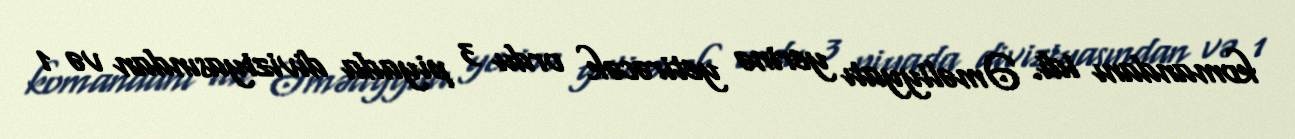
komandanı idi. Əməliyyatı yerinə yetirəcək ordu 3 piyada diviziyasından və 1